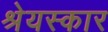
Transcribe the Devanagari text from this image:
श्रेयस्कार